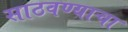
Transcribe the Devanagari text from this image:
साठवण्याचा